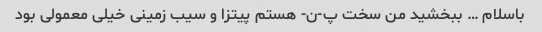
باسلام … ببخشید من سخت پ-ن- هستم پیتزا و سیب زمینی خیلی معمولی بود